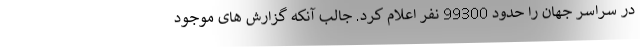
در سراسر جهان را حدود 99300 نفر اعلام کرد. جالب آنکه گزارش های موجود